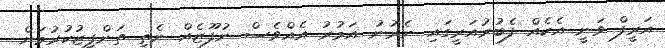
އަރީފް ވަނީ އެކެއް ފެބުރުއަރީގައި ނެރުނު އަމުރު އެއްވެސް ނުފޫޒެއް ނެތި ތަންފީޒުކުރުމަށް